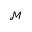
\mathcal { M }